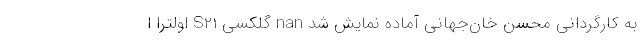
به کارگردانی محسن خان‌جهانی آماده نمایش شد nan گلکسی S21 اولترا ا